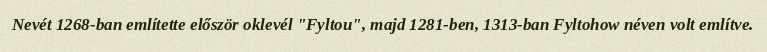
Nevét 1268-ban említette először oklevél "Fyltou", majd 1281-ben, 1313-ban Fyltohow néven volt említve.